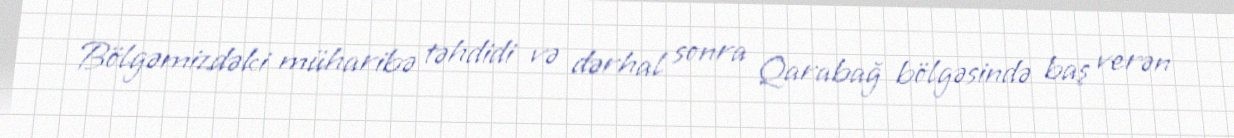
Bölgəmizdəki müharibə təhdidi və dərhal sonra Qarabağ bölgəsində baş verən